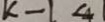
k - 1 < 4